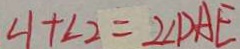
\angle 1 + \angle 2 = 2 \angle D A E